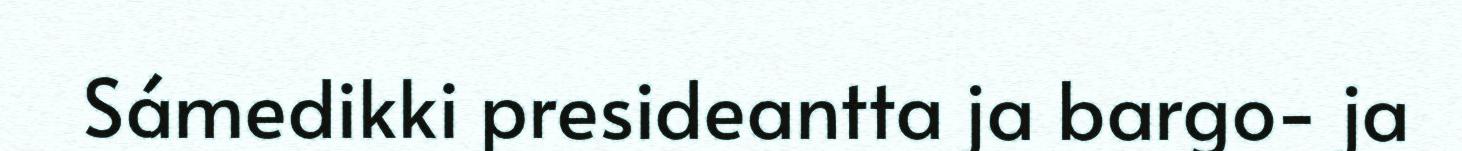
Sámedikki presideantta ja bargo- ja